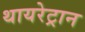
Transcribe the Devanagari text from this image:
थायरेट्रान